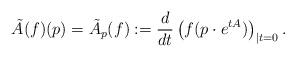
LaTeX: \begin{align*}\tilde{A}(f)(p)=\tilde{A}_{p}(f):=\frac{d}{dt}\left(f(p\cdot e^{tA})\right)_{|t=0}.\end{align*}